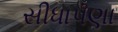
સીધાપણા